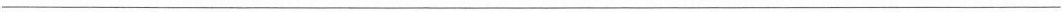
___